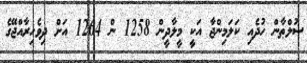
ސުލްޠާން ހުދެއި ކަލަމިންޖާ އަކީ މީލާދީން 1258 ން 1264 އަށް ދިވެހިރާއްޖޭގެ